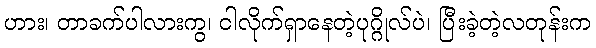
ဟား၊ တာခက်ပါလားကွ၊ ငါလိုက်ရှာနေတဲ့ပုဂ္ဂိုလ်ပဲ၊ ပြီးခဲ့တဲ့လတုန်းက